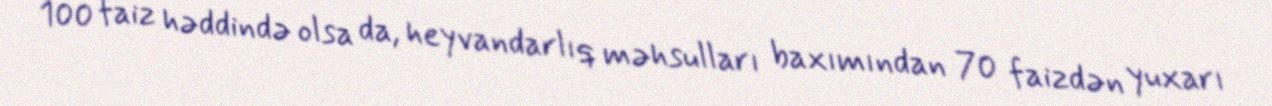
100 faiz həddində olsa da, heyvandarlıq məhsulları baxımından 70 faizdən yuxarı